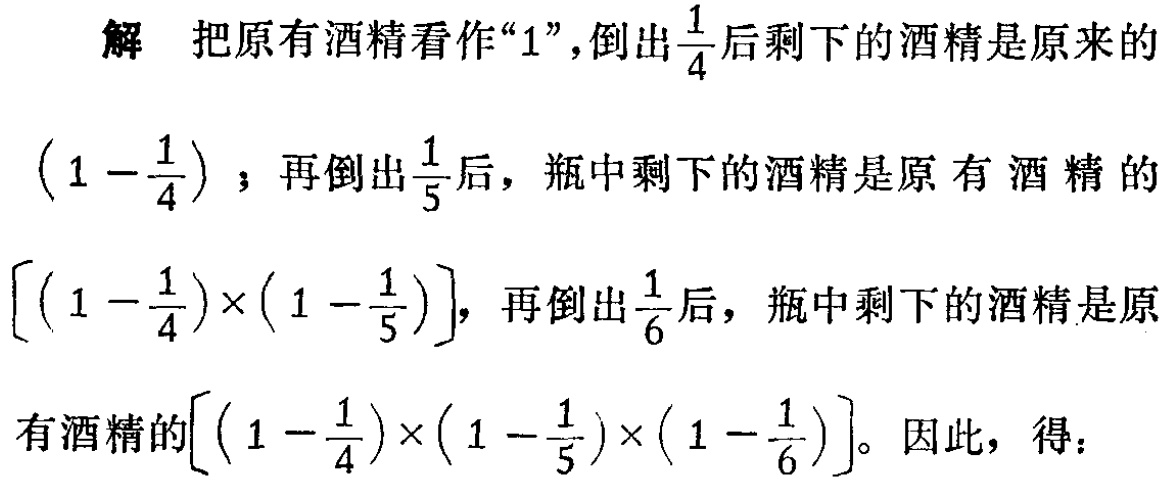
解 把原有酒精看作“1”，倒出$\frac{1}{4}$后剩下的酒精是原来的

$(1 - \frac{1}{4})$；再倒出$\frac{1}{5}$后，瓶中剩下的酒精是原有酒精的

$[(1 - \frac{1}{4})\times(1 - \frac{1}{5})]$，再倒出$\frac{1}{6}$后，瓶中剩下的酒精是原

有酒精的$[(1 - \frac{1}{4})\times(1 - \frac{1}{5})\times(1 - \frac{1}{6})]$。因此，得：